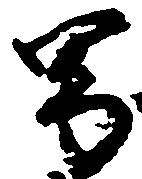
男